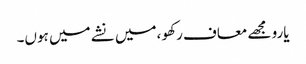
یارو مجھے معاف رکھو ،میں نشے میں ہوں۔